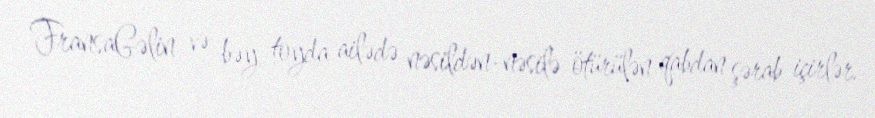
FransaGəlin və bəy toyda ailədə nəsildən-nəsilə ötürülən qabdan şərab içirlər.